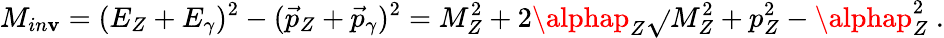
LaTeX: M_{in\mathbf{v}}=(E_{Z}+E_{\gamma})^{2}-(\vec{{p}}_{Z}+\vec{{p}}_{\gamma})^{2}=M_{Z}^{2}+2\alphap_{Z}\sqrt{}{{M_{Z}^{2}+p_{Z}^{2}}}-\alphap_{Z}^{2}~.